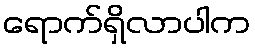
ရောက်ရှိလာပါက